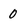
Character: 0